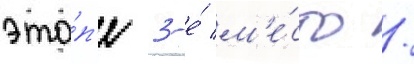
эта́п'е 3-е́ м'е́сто /